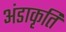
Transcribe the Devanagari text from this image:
अंडाकृति